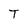
Character: T